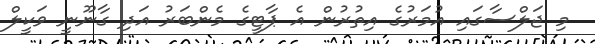
މި ޖަލްސާގައި އުމަރުގެ އިތުރުން އެ ޕާޓީގެ މެންބަރު އަދި ގާނޫނީ ވަކީލް